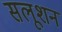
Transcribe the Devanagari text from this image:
सलूशन